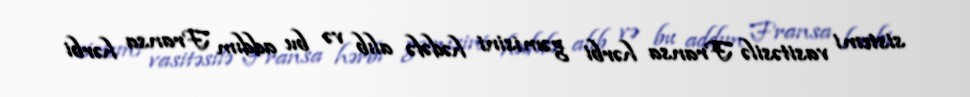
sistemi vasitəsilə Fransa hərbi gəmisini hədəfə alıb və bu addım Fransa hərbi